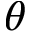
\theta